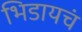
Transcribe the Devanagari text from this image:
भिडायचं